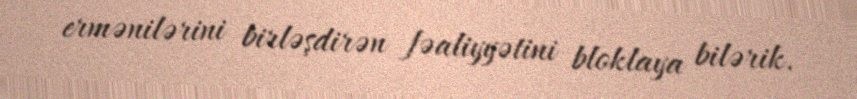
ermənilərini birləşdirən fəaliyyətini bloklaya bilərik.